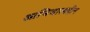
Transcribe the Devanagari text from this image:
आभिजात्यहीन